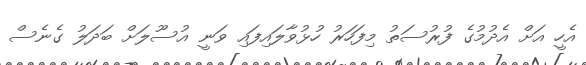
އެހީ އަށް އެދުމުގެ ފުރުސަތު މިފަހަރު ހުޅުވާލައިފައި ވަނީ އުސޫލަށް ބަދަލު ގެނެސް